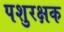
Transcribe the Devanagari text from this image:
पशुरक्षक